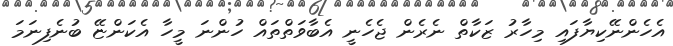
އެހެންނޭކިޔާފައި މިހާރު ޒަކާތް ނެރެން ޖެހެނީ އެބާވަތްތައް ހުންނަ މީހާ އެކަންޏޭ ބުނެފިނަމަ